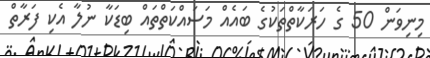
މިނިވަން 50 ގެ ހަރަކާތްތަކުގެ ބައެއް މަސައްކަތްތައް ބިޑަކާ ނުލާ އެކި ފަރާތް